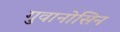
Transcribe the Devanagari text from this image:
गुवानोसिन